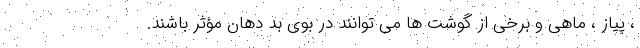
، پیاز ، ماهی و برخی از گوشت ها می توانند در بوی بد دهان مؤثر باشند.